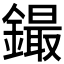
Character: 𲇤